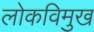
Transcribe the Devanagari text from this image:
लोकविमुख